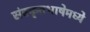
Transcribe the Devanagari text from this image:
संस्कृतभाषेमध्ये